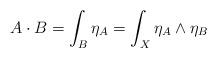
LaTeX: \begin{align*}A \cdot B = \int_{B} \eta_{A}= \int_{X} \eta_{A} \wedge \eta_{B} \end{align*}